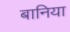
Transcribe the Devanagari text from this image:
बानिया